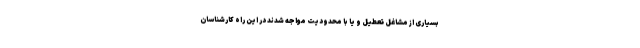
بسیاری از مشاغل تعطیل و یا با محدودیت مواجه شدند در این راه کارشناسان